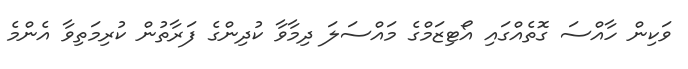
ވަކިން ހާއްސަ ގޮތެއްގައި އޯޓިޒަމްގެ މައްސަލަ ދިމާވާ ކުދިންގެ ފަރާތުން ކުރިމަތިވާ އެންމެ